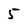
Character: 5